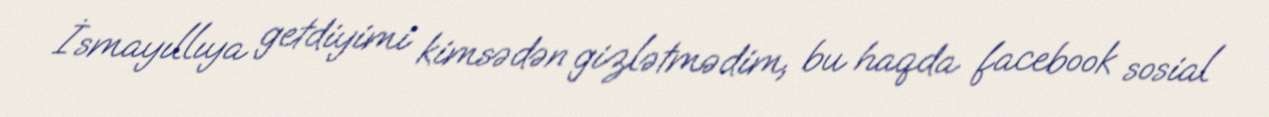
İsmayıllıya getdiyimi kimsədən gizlətmədim, bu haqda facebook sosial